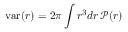
\mathrm { v a r } ( r ) = 2 \pi \int r ^ { 3 } d r \, \mathcal { P } ( r )